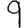
Digit: 9